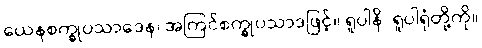
ယေနစက္ခုပသာဒေန၊ အကြင်စက္ခုပသာဒဖြင့်။ ရူပါနိ၊ ရူပါရုံတို့ကို။